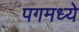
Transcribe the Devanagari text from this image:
पगमध्ये